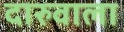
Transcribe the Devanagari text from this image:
दारुवाला